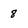
Character: 8